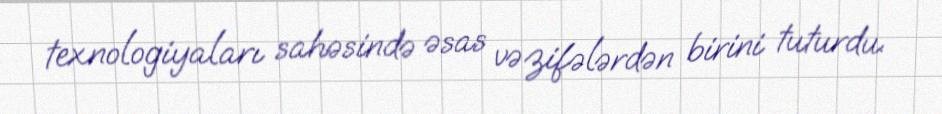
texnologiyaları sahəsində əsas vəzifələrdən birini tuturdu.